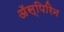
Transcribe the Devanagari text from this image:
अॅस्पिरिन